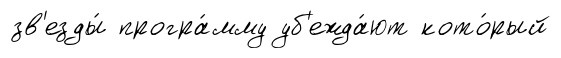
зв'езды́ програ́мму уб'ежда́ют кото́рый